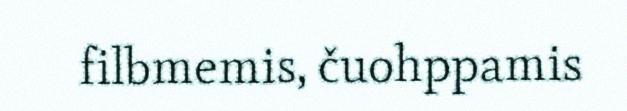
filbmemis, čuohppamis